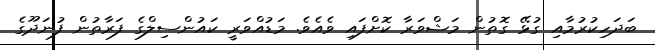
ބަދަހިކުރުމާއި ގުޅޭ ގޮތުން މަޝްވަރާ ކޮށްފައި ވެއެވެ. މަޑުއްވަރީ ކައުންސިލްގެ ފަރާތުން ފުނަދޫގެ